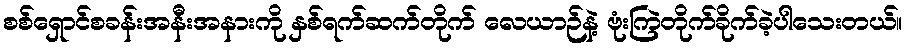
စစ်ရှောင်စခန်းအနီးအနားကို နှစ်ရက်ဆက်တိုက် လေယာဉ်နဲ့ ဗုံးကြဲတိုက်ခိုက်ခဲ့ပါသေးတယ်။